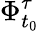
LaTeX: \Phi_{t_{0}}^{\tau}